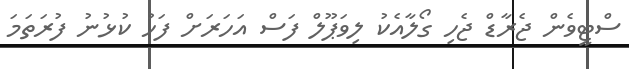
ސްޓީވެން ޖެރާޑް ޖެހި ގޯލާއެކު ލިވަޕޫލް ފަސް އަހަރަށް ފަހު ކުޅުނު ފުރަތަމަ